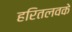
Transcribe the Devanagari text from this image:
हरितलवके